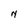
Character: N